Subject: cs
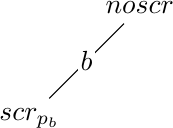
LaTeX code:
\begin{tikzpicture}[z=0.35cm]
\node (000) at (0,0,0) {$scr_{p_b}$};
\node (010) at (0,0,4) {$noscr$};
\draw (000) -- node[fill=white,inner sep=1pt] {$b$} (010);
\end{tikzpicture}